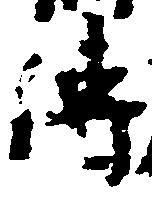
伝